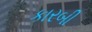
કારબી